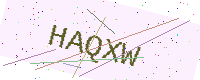
Text: HAQXW